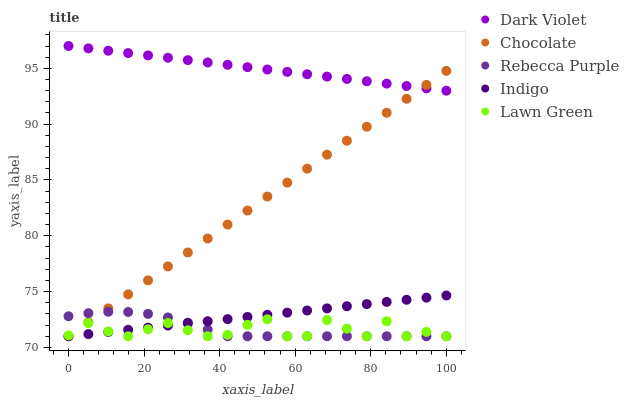
| xaxis_label | Dark Violet | Chocolate | Rebecca Purple | Indigo | Lawn Green |
 | --- | --- | --- | --- | --- | --- |
 | 0 | 97 | 71 | 72.8 | 71 | 71.1 |
 | 5.26 | 96.8 | 72.3 | 73.1 | 71.2 | 72.2 |
 | 10.5 | 96.6 | 73.5 | 73.2 | 71.4 | 71.4 |
 | 15.8 | 96.4 | 74.8 | 73.2 | 71.6 | 71 |
 | 21.1 | 96.2 | 76 | 73 | 71.8 | 71.6 |
 | 26.3 | 95.9 | 77.3 | 72.7 | 72 | 72.2 |
 | 31.6 | 95.7 | 78.5 | 72.2 | 72.2 | 71.5 |
 | 36.8 | 95.5 | 79.8 | 71.6 | 72.3 | 71 |
 | 42.1 | 95.3 | 81 | 71 | 72.5 | 71.1 |
 | 47.4 | 95.1 | 82.3 | 71 | 72.7 | 72 |
 | 52.6 | 94.9 | 83.5 | 71 | 72.9 | 72.5 |
 | 57.9 | 94.7 | 84.8 | 71 | 73.1 | 71 |
 | 63.2 | 94.5 | 86 | 71 | 73.3 | 71 |
 | 68.4 | 94.3 | 87.3 | 71 | 73.5 | 72.5 |
 | 73.7 | 94.1 | 88.5 | 71 | 73.7 | 71.7 |
 | 78.9 | 93.8 | 89.8 | 71 | 73.9 | 71 |
 | 84.2 | 93.6 | 91 | 71 | 74.1 | 72.3 |
 | 89.5 | 93.4 | 92.3 | 71 | 74.3 | 71 |
 | 94.7 | 93.2 | 93.5 | 71 | 74.5 | 71.4 |
 | 100 | 93 | 94.8 | 71 | 74.7 | 71 |